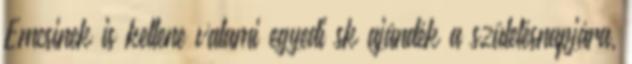
Emcsinek is kellene valami egyedi sk ajándék a születésnapjára,